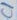
Text: C1